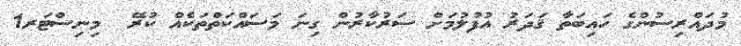
މުދައްރިސުންގެ ހައިބަތާ ޤަދަރު އުފުލުމަށް ސަރުކާރުން ގިނަ މަސައްކަތްތަކެއް ކުރޭ  މިނިސްޓަރ1